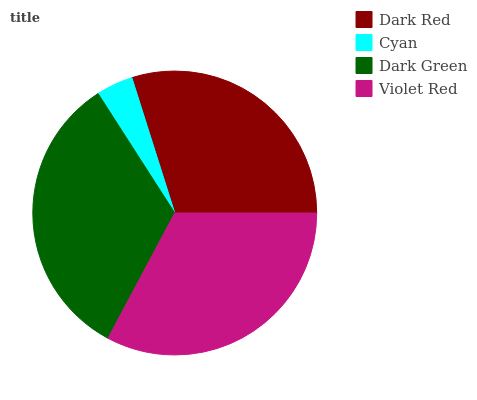
| Dark Red | Cyan | Dark Green | Violet Red |
 | --- | --- | --- | --- |
 | 29.9% | 4.2% | 33.1% | 32.8% |